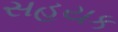
સહયક